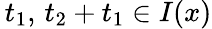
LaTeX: \, t_{1},\, t_{2}+t_{1}\in I(x)